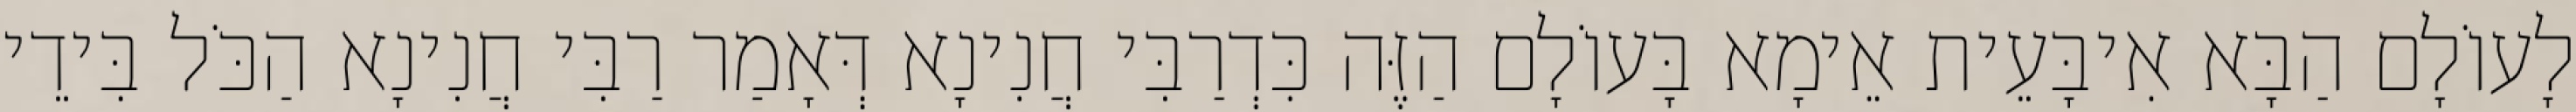
לָעוֹלָם הַבָּא אִיבָּעֵית אֵימָא בָּעוֹלָם הַזֶּה כִּדְרַבִּי חֲנִינָא דְּאָמַר רַבִּי חֲנִינָא הַכֹּל בִּידֵי